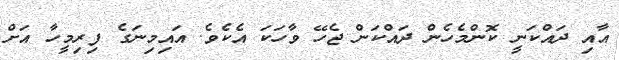
އާއި ދައްކަނީ ކޮންމެހެން ދައްކަން ޖެހޭ ވާހަކަ އެކެވެ. އައިމިނަގެ ފިރިމީހާ އަށް